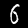
Label: 6